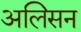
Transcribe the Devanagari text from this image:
अलिसन